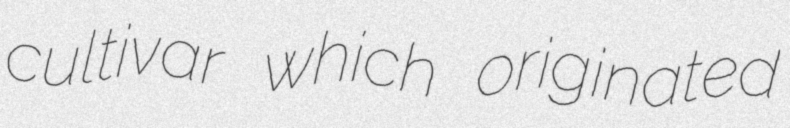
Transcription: cultivar which originated